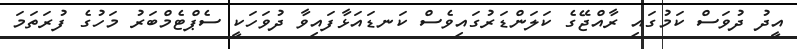
އީދު ދުވަސް ކަމުގައި ރާއްޖޭގެ ކަލަންޑަރުގައިވެސް ކަނޑައަޅާފައިވާ ދުވަހަކީ ސެޕްޓެމްބަރު މަހުގެ ފުރަތަމަ